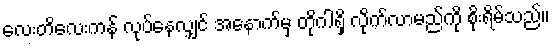
လေးတိလေးကန် လုပ်နေလျှင် အနောက်မှ တိုဂါရှိ လိုက်လာမည်ကို စိုးရိမ်သည်။